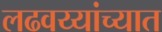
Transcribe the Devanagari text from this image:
लढवय्यांच्यात